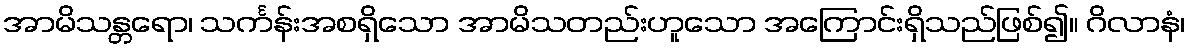
အာမိသန္တရော၊ သင်္ကန်းအစရှိသော အာမိသတည်းဟူသော အကြောင်းရှိသည်ဖြစ်၍။ ဂိလာနံ၊